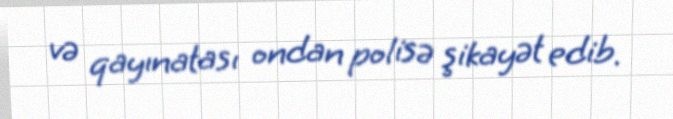
və qayınatası ondan polisə şikayət edib.